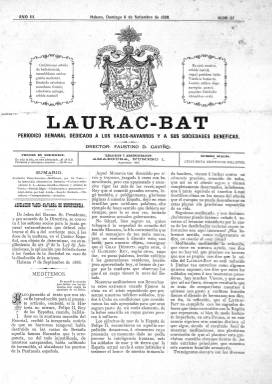
Título: Laurac-Bat (Habana)
Otros títulos: Laurac Bat (Habana)
Colección: Periódicos
Ámbito geográfico: Cuba
Lugar de publicación: La Habana
Fechas: 09/09/1888-16/02/1890

Este título en vasco significa ‘Cuatro en una’ y es un lema acuñado en el siglo XIX para invocar la unión de las tres provincias vascas (Álava, Vizcaya y Guipúzcoa) con Navarra. Fue un título muy utilizado por periódicos vascos a lo largo de la historia. El primero parece que fue una revista de Bilbao en 1869. La leyenda figuró en dos ocasiones en el escudo de armas del Gobierno vasco, primero durante la Guerra Civil y luego durante los primeros años de la Transición democrática.

  La publicación de La Habana con ese título y que salió unos años antes de la independencia de Cuba llevaba por subtítulo: ‘periódico semanal dedicado a los vasco-navarros y a sus sociedades benéficas’, con lo que queda claro su marco de acción. Estaba escrito en castellano, aunque adornaba sus páginas con algunas frases en euskera y defendía ardientemente los fueros vascos pero desde un punto de vista no nacionalista.

  Este seminario dominical empezó a editarse en junio 1886 y se prolongó durante diez años, aunque la BNE sólo posee tres números, el primero de ellos de 1888. Su director fue Faustino Díez Gaviño, que había sido director del periódico carlista Laurac Bat de Bilbao. Gaviño falleció en 1895 y el periódico inició una breve segunda etapa de la mano de Juan Francisco Dobón y con el subtítulo ‘Semanario fuerista’.

 Curiosamente, Díez Gaviño defendía en el periódico el derecho al autogobierno de los pueblos, pero no incluía en esa defensa al pueblo cubano que luchaba entonces por su independencia de España.

 Se trata de una publicación modesta de ocho páginas, las dos últimas de publicidad que ayudaban a financiar el periódico, cuya misión era la defensa y ayuda de todos los vasco-navarros residentes en la isla de Cuba, incluyendo los soldados enviados a la isla por el Gobierno, muchos de los cuales murieron víctimas de la fiebre amarilla.

  Había una sección llamada Ecos de Euskaria en la que se extractaban las noticias de los periódicos vascos que llegaban a la redacción. También contó con una sección poética donde escribieron poetas de Euskal Herria y el propio Díez Gaviño.

    Más información sobre este periódico puede obtenerse en el libro ‘La Asociación vasco navarra de beneficencia de la Habana y otras entidades vasco-cubanas’, de Alberto Irigoyen Artetxe, que fue publicado por el Gobierno vasco en 2014 y está accesible online.

[Descripción publicada el 17/08/2022]